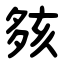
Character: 㚊